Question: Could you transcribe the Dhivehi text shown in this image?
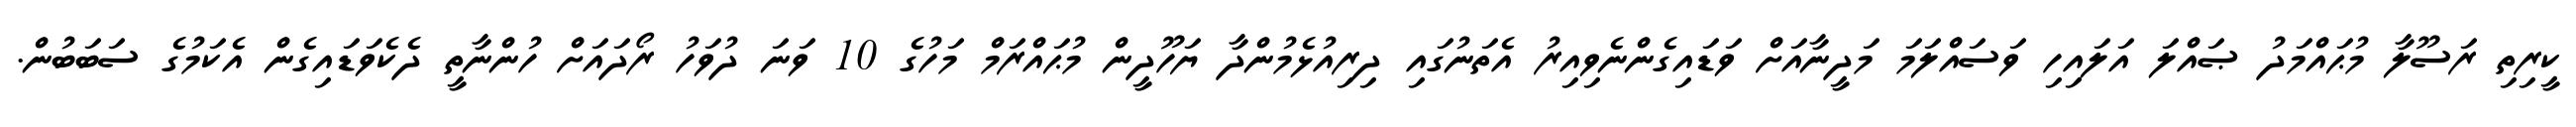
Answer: ކީރިތި ރަސޫލާ މުޙައްމަދު ޞައްލަ އަލައިހި ވަސައްލަމަ މަދީނާއަށް ވަޑައިގެންނެވިއިރު އެތަނުގައި ދިރިއުޅެމުންދާ ޔަހޫދީން މުޙައްރަމް މަހުގެ 10 ވަނަ ދުވަހު ރޯދައަށް ހުންނާތީ ދެކެވަޑައިގެން އެކަމުގެ ސަބަބުން.